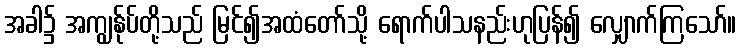
အခါ၌ အကျွန်ုပ်တို့သည် မြင်၍အထံတော်သို့ ရောက်ပါသနည်းဟုပြန်၍ လျှောက်ကြသော်။